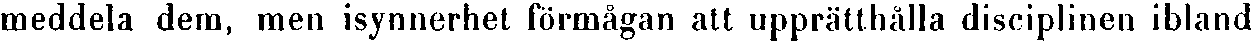
meddela dem, men isynnerhet förmågan att upprätthålla disciplinen ibland